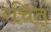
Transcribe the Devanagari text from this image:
रचित्